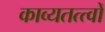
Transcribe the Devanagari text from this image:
काव्यतत्त्वों